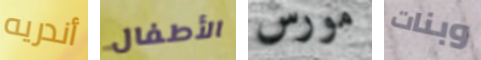
أندريه الأطفال مورس وبنات